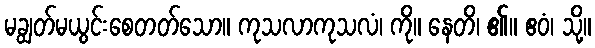
မချွတ်မယွင်းစေတတ်သော။ ကုသလာကုသလံ၊ ကို။ နေတိ၊ ၏။ ဧဝံ၊ သို့။